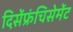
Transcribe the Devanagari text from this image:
दिसेंफ्रंचिसेमेंट